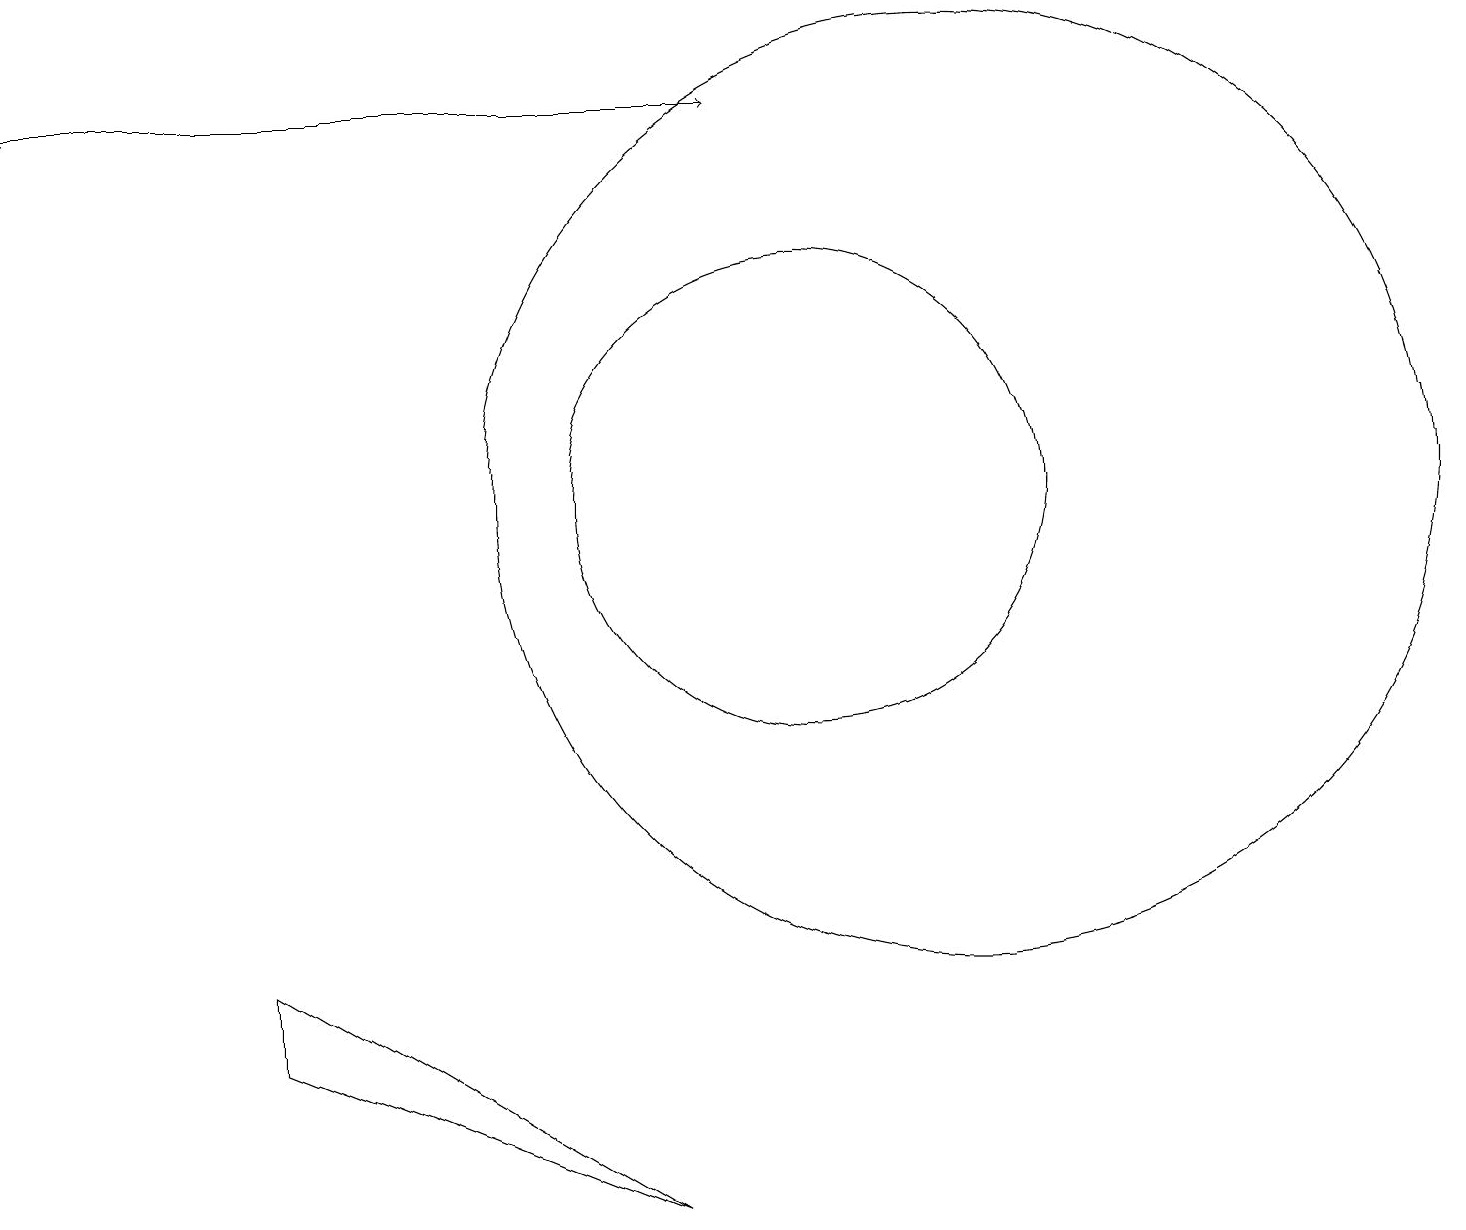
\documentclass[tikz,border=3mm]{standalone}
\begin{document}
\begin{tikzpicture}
\draw[->] (2,17) -- (0,17);
\draw[->] (0,17) -- (9,17);
\draw (3,6) -- (3,5) -- (8,3) -- cycle;
\draw (10,12) circle (3);
\draw (12,12) circle (6);
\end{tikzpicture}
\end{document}